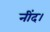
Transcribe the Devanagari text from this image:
नींद।